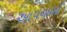
આપવામાઁ